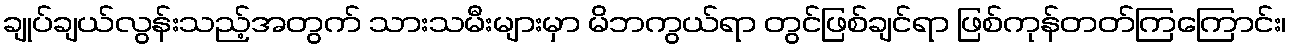
ချုပ်ချယ်လွန်းသည့်အတွက် သားသမီးများမှာ မိဘကွယ်ရာ တွင်ဖြစ်ချင်ရာ ဖြစ်ကုန်တတ်ကြကြောင်း၊